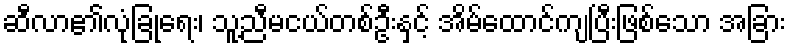
ဆီလာ၏လုံခြုံရေး၊ သူ့ညီမငယ်တစ်ဦးနှင့် အိမ်ထောင်ကျပြီးဖြစ်သော အခြား